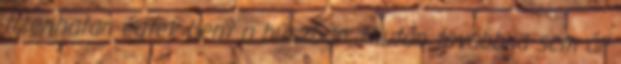
tizenhatan égtek bent a buszban. Miután továbbra sem áll